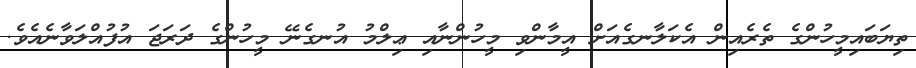
ތިޔަބައިމީހުންގެ ތެރެއިން އެކަލާނގެއަށް އީމާންވި މީހުންނާއި ޢިލްމު އުނގެނޭ މީހުންގެ ދަރަޖަ އުފުއްލަވާނެއެވެ.